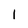
Character: 1